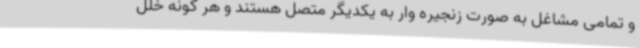
و تمامی مشاغل به صورت زنجیره وار به یکدیگر متصل هستند و هر گونه خلل